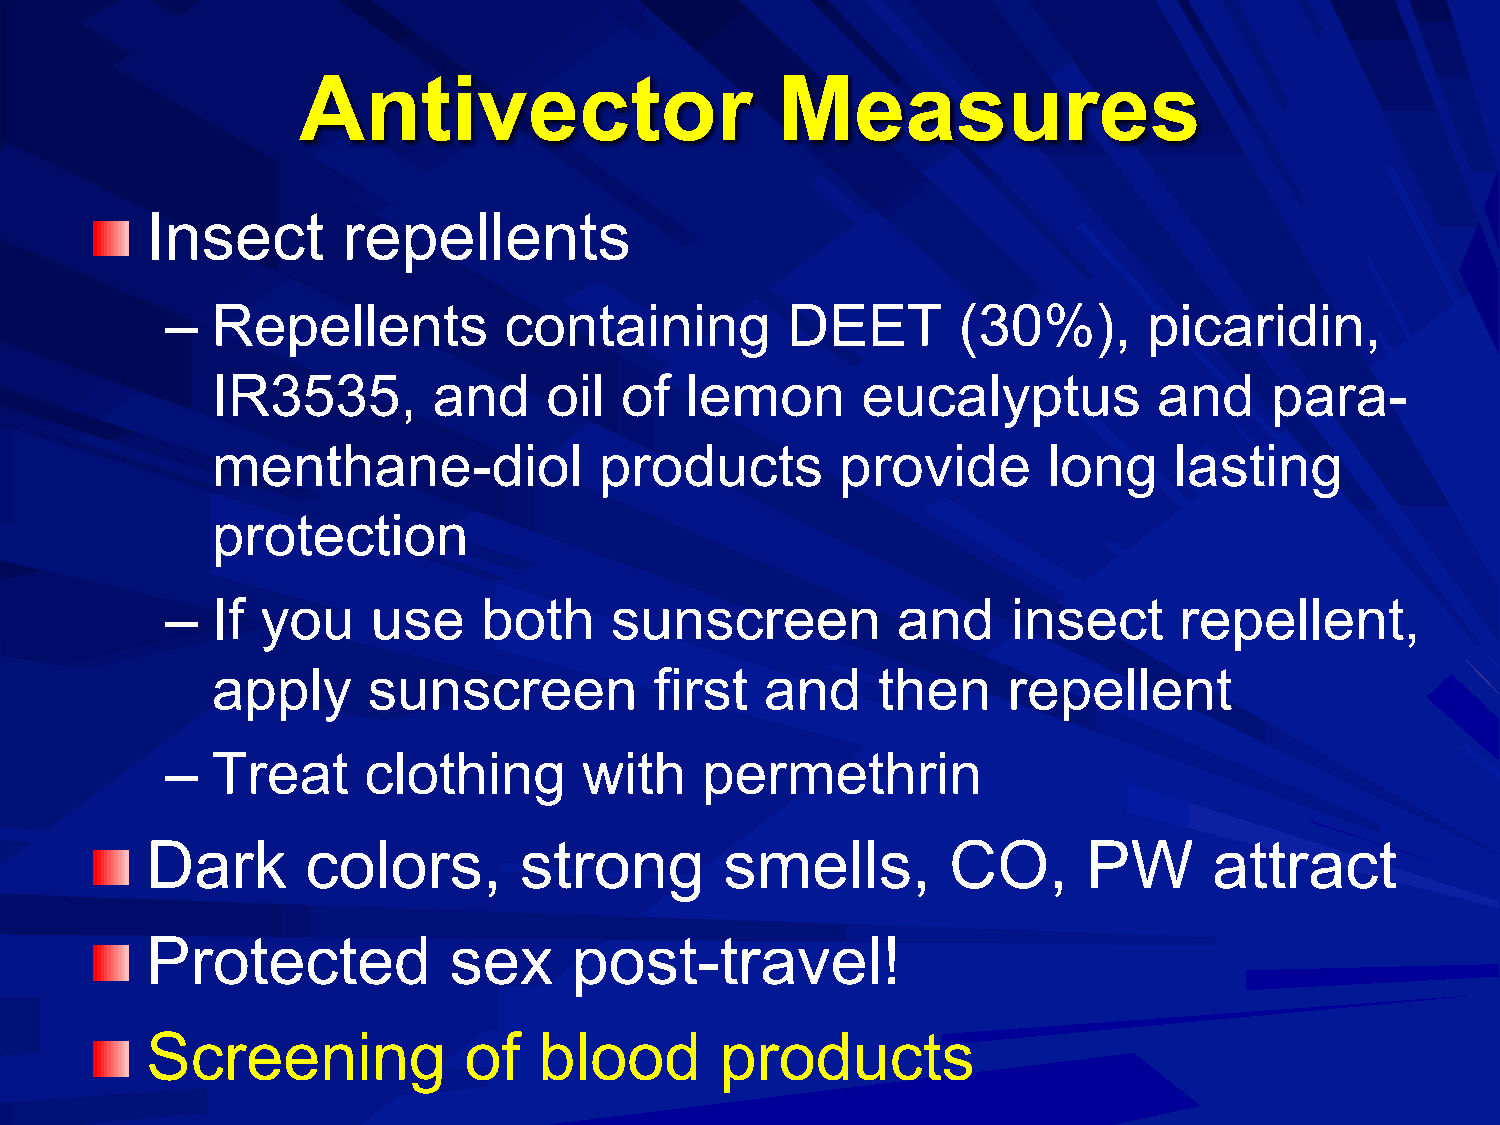
Antivector                      Measures
 Insect       repellents
 –  Repellents         containing         DEET       (30%),       picaridin,
 IR3535,        and    oil  of  lemon       eucalyptus          and    para-
 menthane-diol             products        provide      long     lasting
 protection
 –  If you     use    both    sunscreen          and     insect     repellent,
 apply     sunscreen          first   and    then     repellent
 –  Treat     clothing       with   permethrin
 Dark      colors,       strong        smells,        CO,      PW      attract
 Protected           sex     post-travel!
 Screening            of   blood       products